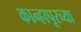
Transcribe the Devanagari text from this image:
कान्हापूरच्या